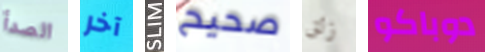
الصدأ آخر SLIM صحيح زلق دوباكو